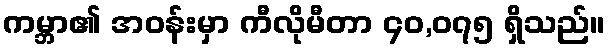
ကမ္ဘာ၏ အဝန်းမှာ ကီလိုမီတာ ၄၀,၀၇၅ ရှိသည်။